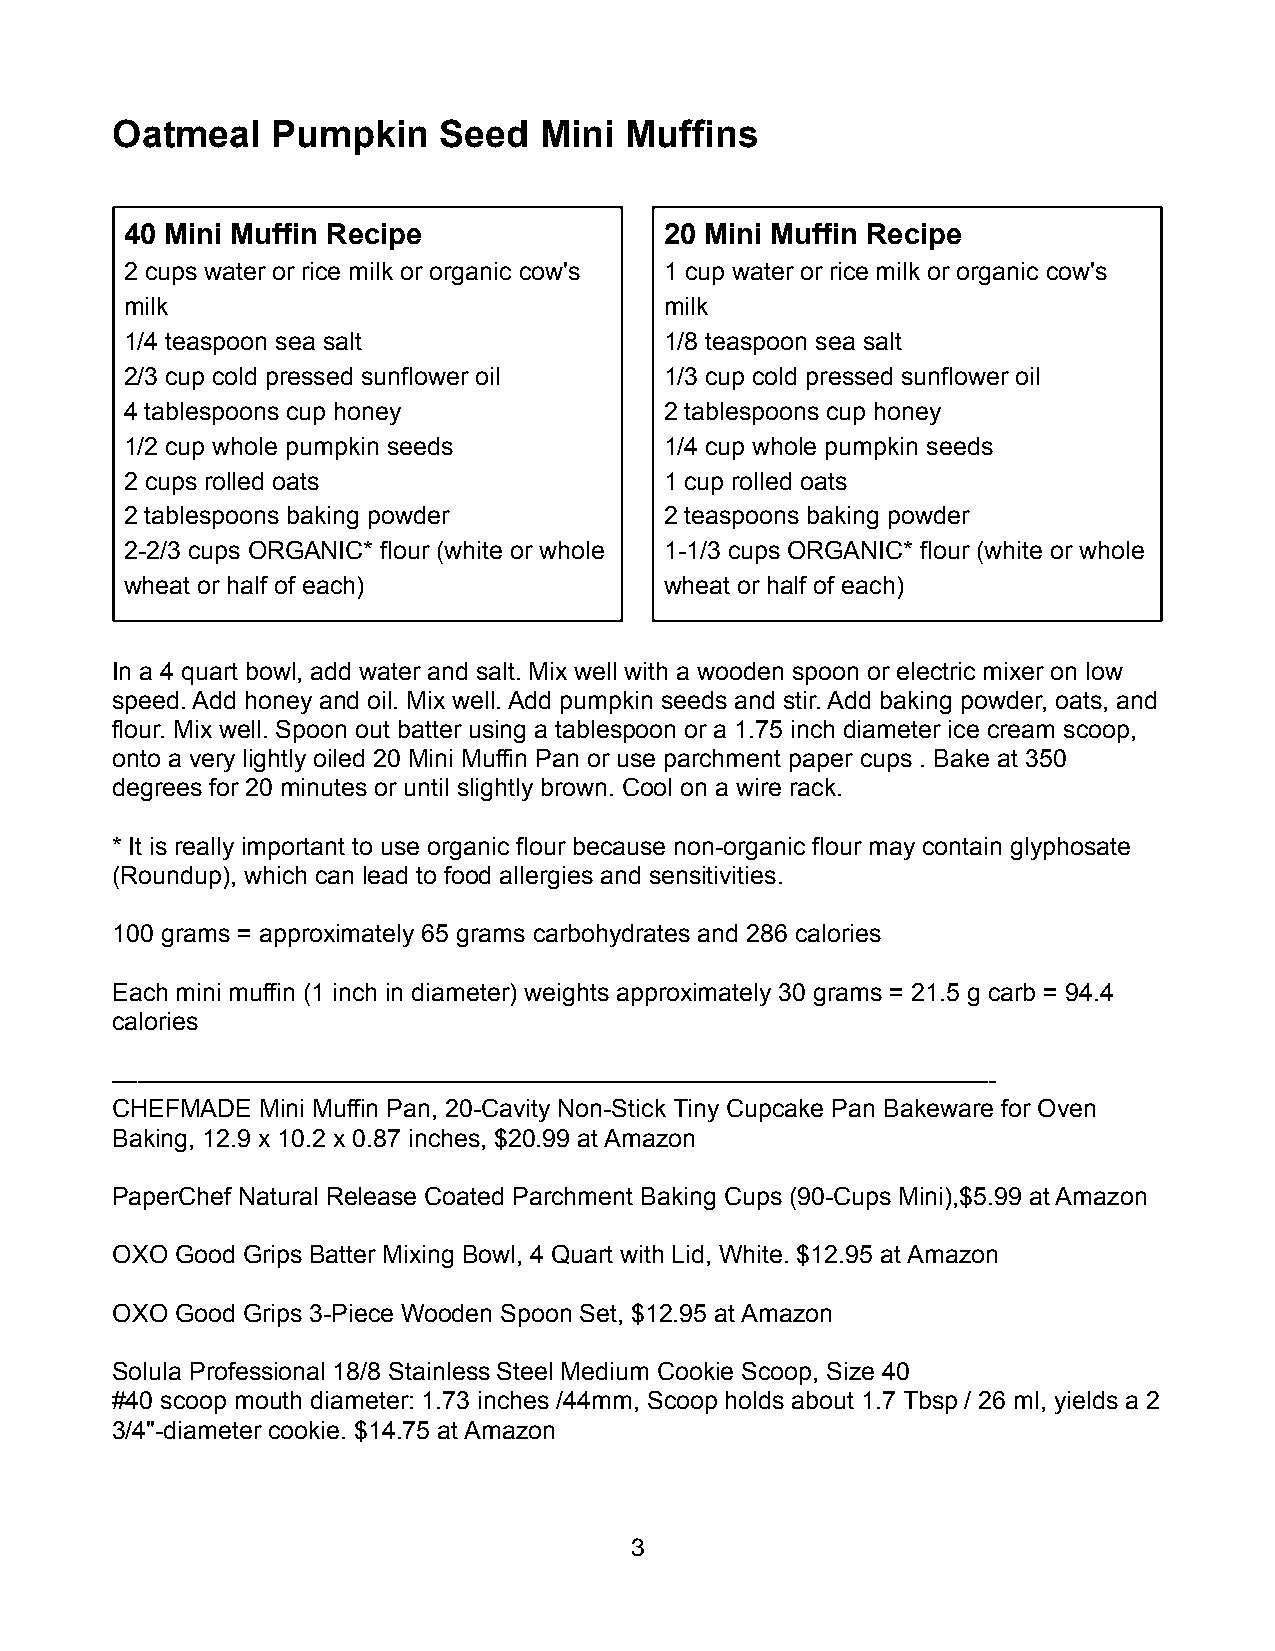
Oatmeal    Pumpkin    Seed   Mini Muffins
 40 Mini Muffin Recipe               20 Mini Muffin Recipe
 2 cups water or rice milk or organic cow's 1 cup water or rice milk or organic cow's
 milk                                milk
 1/4 teaspoon sea salt               1/8 teaspoon sea salt
 2/3 cup cold pressed sunflower oil  1/3 cup cold pressed sunflower oil
 4 tablespoons cup honey             2 tablespoons cup honey
 1/2 cup whole pumpkin seeds         1/4 cup whole pumpkin seeds
 2 cups rolled oats                  1 cup rolled oats
 2 tablespoons baking powder         2 teaspoons baking powder
 2-2/3 cups ORGANIC* flour (white or whole 1-1/3 cups ORGANIC* flour (white or whole
 wheat or half of each)              wheat or half of each)
 In a 4 quart bowl, add water and salt. Mix well with a wooden spoon or electric mixer on low
 speed. Add honey and oil. Mix well. Add pumpkin seeds and stir. Add baking powder, oats, and
 flour. Mix well. Spoon out batter using a tablespoon or a 1.75 inch diameter ice cream scoop,
 onto a very lightly oiled 20 Mini Muffin Pan or use parchment paper cups . Bake at 350
 degrees for 20 minutes or until slightly brown. Cool on a wire rack.
 * It is really important to use organic flour because non-organic flour may contain glyphosate
 (Roundup), which can lead to food allergies and sensitivities.
 100 grams = approximately 65 grams carbohydrates and 286 calories
 Each mini muffin (1 inch in diameter) weights approximately 30 grams = 21.5 g carb = 94.4
 calories
 ———————————————————————————————————-
 CHEFMADE  Mini Muffin Pan, 20-Cavity Non-Stick Tiny Cupcake Pan Bakeware for Oven
 Baking, 12.9 x 10.2 x 0.87 inches, $20.99 at Amazon
 PaperChef Natural Release Coated Parchment Baking Cups (90-Cups Mini),$5.99 at Amazon
 OXO  Good Grips Batter Mixing Bowl, 4 Quart with Lid, White. $12.95 at Amazon
 OXO  Good Grips 3-Piece Wooden Spoon Set, $12.95 at Amazon
 Solula Professional 18/8 Stainless Steel Medium Cookie Scoop, Size 40
 #40 scoop mouth diameter: 1.73 inches /44mm, Scoop holds about 1.7 Tbsp / 26 ml, yields a 2
 3/4"-diameter cookie. $14.75 at Amazon
 3